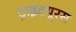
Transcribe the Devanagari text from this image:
ट्राइटयूरस